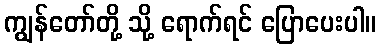
ကျွန်တော်တို့ သို့ ရောက်ရင် ပြောပေးပါ။